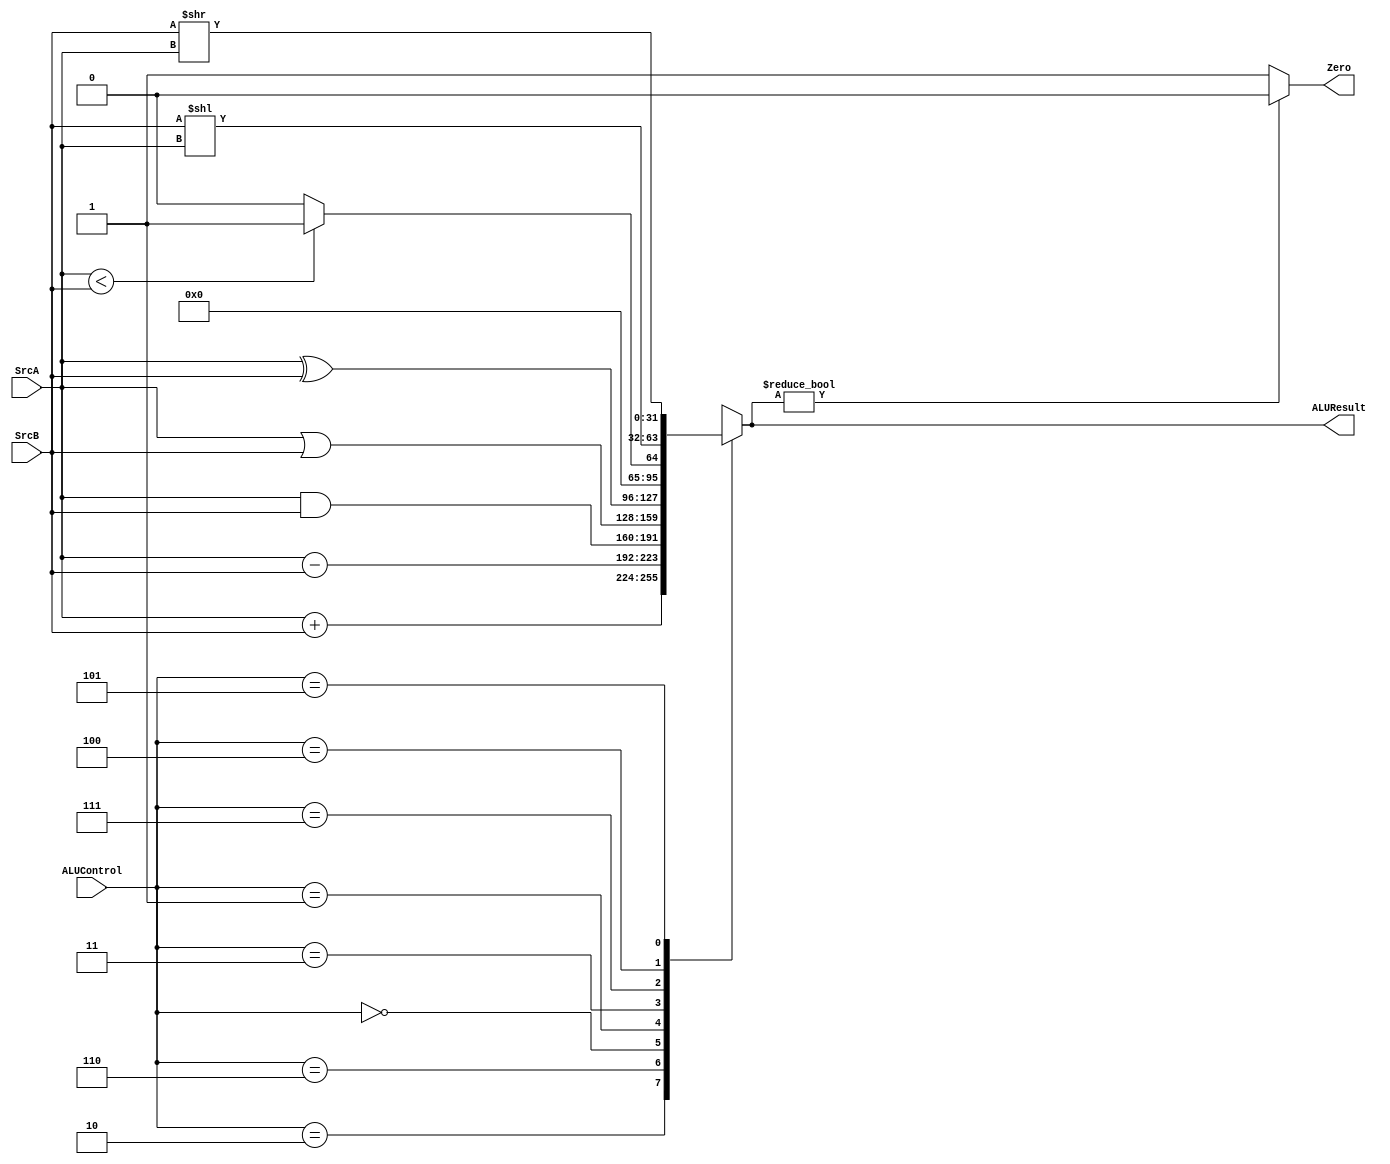
module ALU(SrcA, SrcB, ALUControl, Zero, ALUResult);
    input wire [31:0] SrcA, SrcB;
    input wire [2:0] ALUControl;
    output wire Zero;
    output wire [31:0] ALUResult;

    reg [31:0] out;

    always @ (*)
    case (ALUControl)
        3'b010: out = SrcA + SrcB;
        3'b110: out = SrcA - SrcB;
        3'b000: out = SrcA & SrcB;
        3'b001: out = SrcA | SrcB;
        3'b011: out = SrcA ^ SrcB;
        3'b111: out = (SrcA < SrcB) ? 1 : 0;
        3'b100: out = SrcB << SrcA;
        3'b101: out = SrcB >> SrcA;
        default: out = 0;
    endcase

    assign ALUResult = out;
    assign Zero = (out) ? 0 : 1;

endmodule